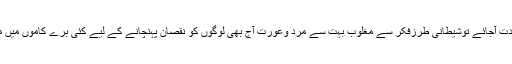
منفی جذبات میں شدّت آجائے توشیطانی طرزفکر سے مغلوب بہت سے مرد وعورت آج بھی لوگوں کو نقصان پہنچانے کے لیے کئی بُرے کاموں میں ملوث ہو جاتے ہیں۔